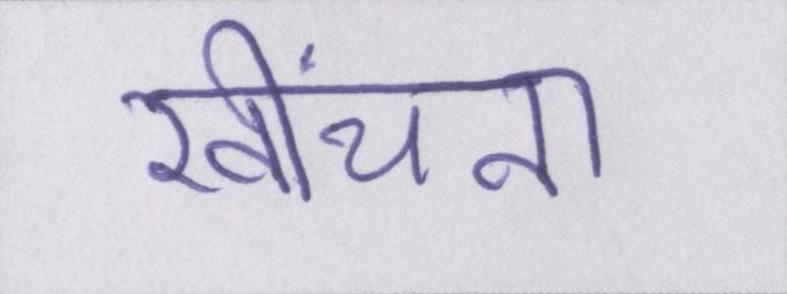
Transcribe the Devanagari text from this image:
खींचना